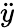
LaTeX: \ddot{y}